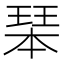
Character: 𤧆